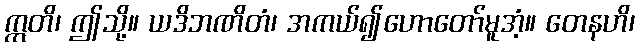
ဣတိ၊ ဤသို့။ ယဒိဘဏိတံ၊ အကယ်၍ဟောတော်မူအံ့။ တေနဟိ၊